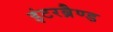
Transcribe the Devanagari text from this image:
इंटरब्रैण्ड